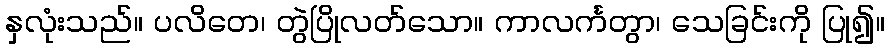
နှလုံးသည်။ ပလိတေ၊ တွဲပြိုလတ်သော။ ကာလင်္ကတွာ၊ သေခြင်းကို ပြု၍။